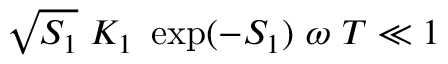
\sqrt { S _ { 1 } } \ K _ { 1 } \ \exp ( - S _ { 1 } ) \ \omega \ T \ll 1